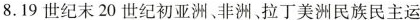
8.19世纪末20世纪初亚洲、非洲、拉丁美洲民族民主运